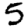
Digit: 5